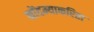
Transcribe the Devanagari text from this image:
नोंदम्याकरिता